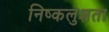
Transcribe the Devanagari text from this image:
निष्कलुशता